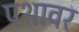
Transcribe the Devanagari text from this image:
पशावर